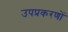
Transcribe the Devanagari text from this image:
उपप्रकरणों